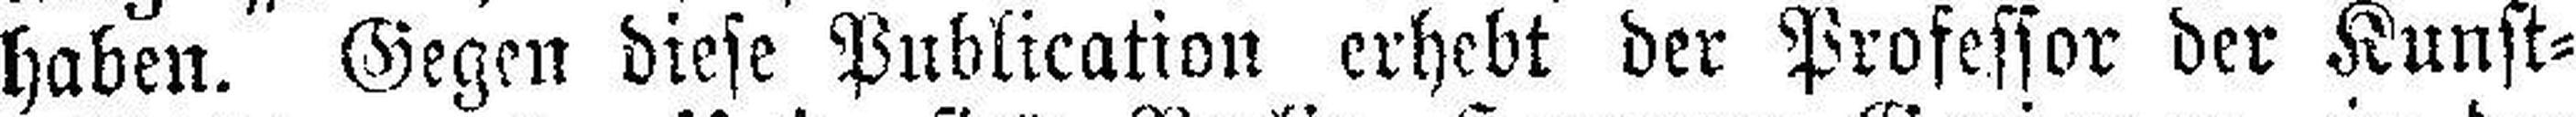
haben. Gegen diese Publication erhebt der Professor der Kunst¬